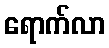
ရောက်လာ